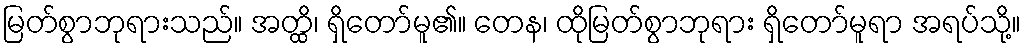
မြတ်စွာဘုရားသည်။ အတ္ထိ၊ ရှိတော်မူ၏။ တေန၊ ထိုမြတ်စွာဘုရား ရှိတော်မူရာ အရပ်သို့။